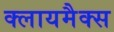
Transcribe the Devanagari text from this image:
क्लायमैक्स